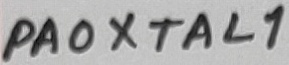
Text: PA0XTAL1